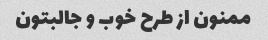
ممنون از طرح خوب و جالبتون